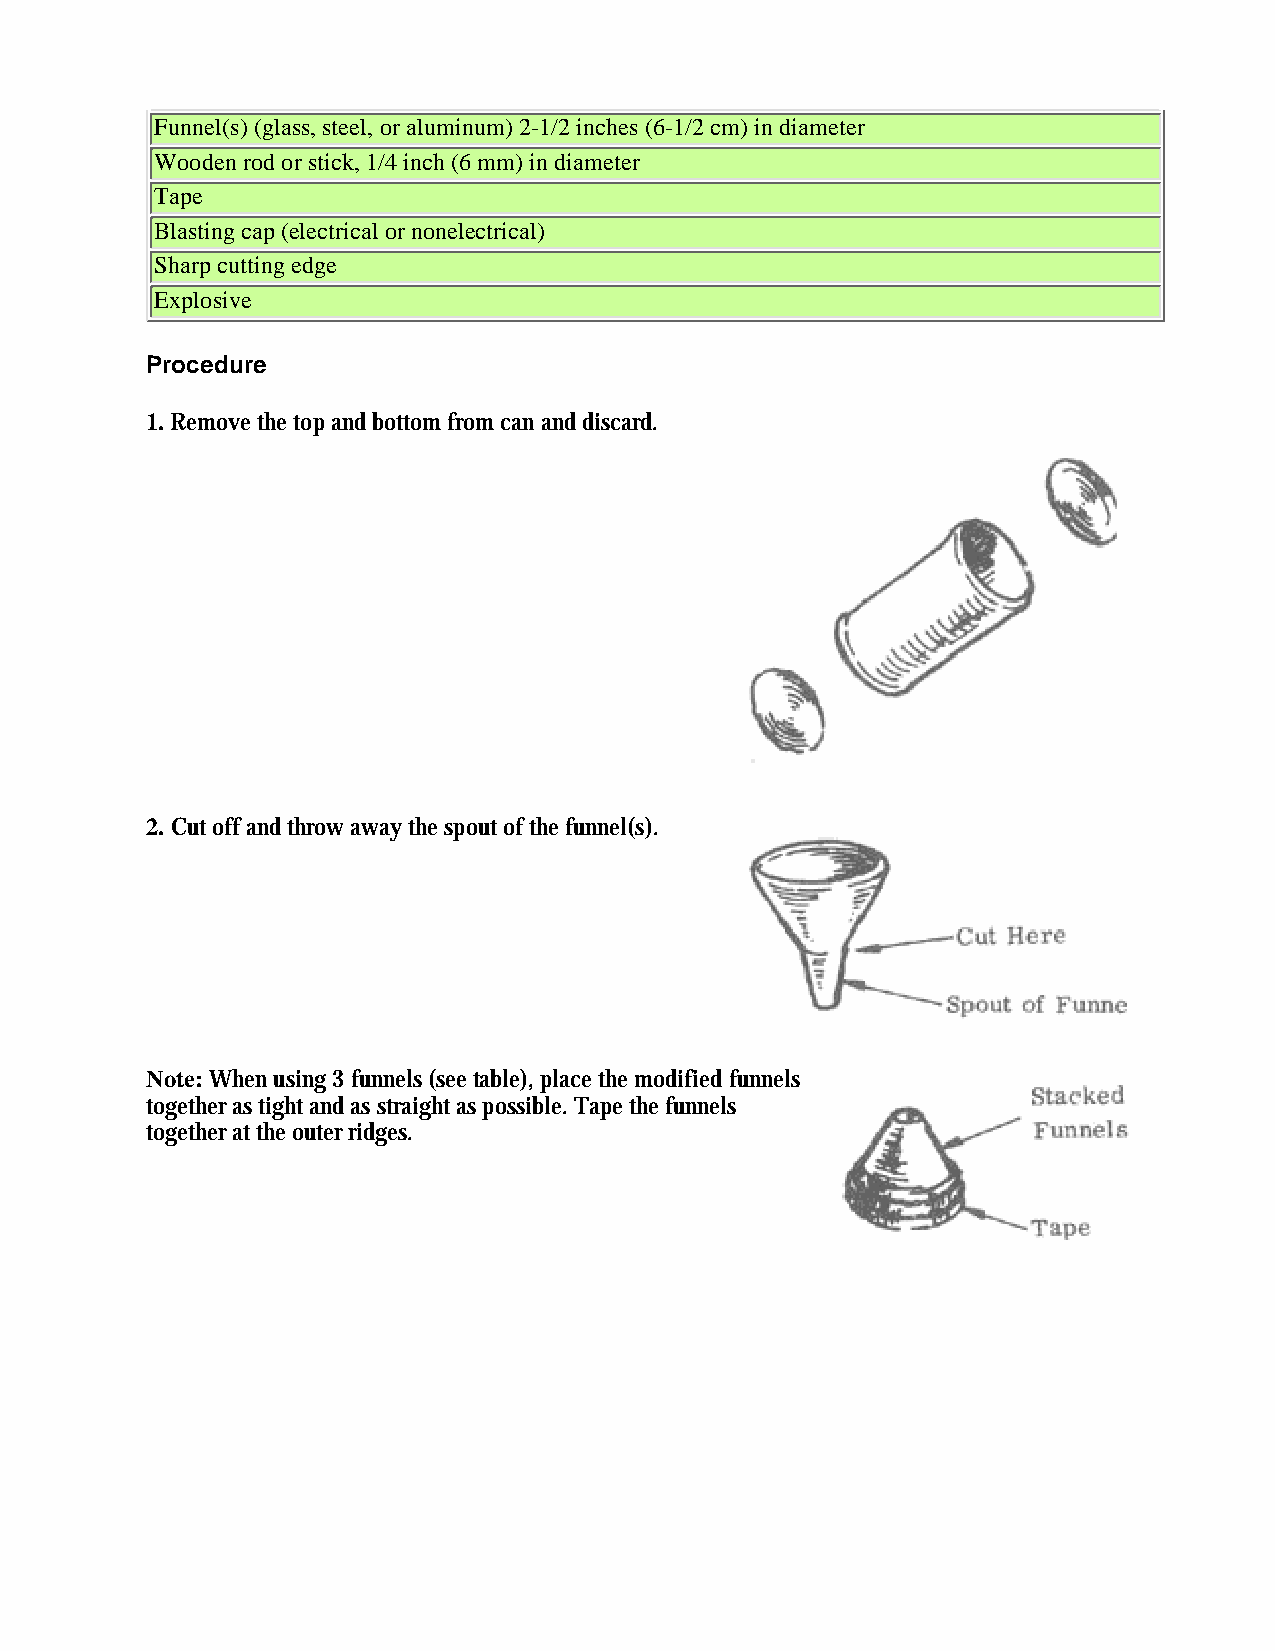
Funnel(s) (glass, steel, or aluminum) 2-1/2 inches (6-1/2 cm) in diameter
 Wooden rod or stick, 1/4 inch (6 mm) in diameter
 Tape
 Blasting cap (electrical or nonelectrical)
 Sharp cutting edge
 Explosive
 Procedure
 1. Remove the top and bottom from can and discard.
 2. Cut off and throw away the spout of the funnel(s).
 Note: When using 3 funnels (see table), place the modified funnels
 together as tight and as straight as possible. Tape the funnels
 together at the outer ridges.